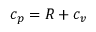
c _ { p } = R + c _ { v }